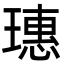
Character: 璤